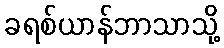
ခရစ်ယာန်ဘာသာသို့